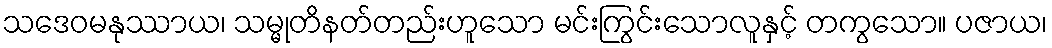
သဒေဝမနုဿာယ၊ သမ္မုတိနတ်တည်းဟူသော မင်းကြွင်းသောလူနှင့် တကွသော။ ပဇာယ၊